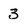
Character: 3